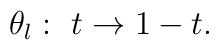
\theta_{l}:\ t\rightarrow 1-t.